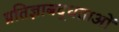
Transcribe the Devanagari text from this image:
प्रतिज्ञाबद्धताओं